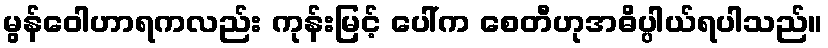
မွန်ဝေါဟာရကလည်း ကုန်းမြင့် ပေါ်က စေတီဟုအဓိပ္ပါယ်ရပါသည်။